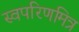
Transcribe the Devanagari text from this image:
स्वपरिणमित्र